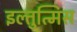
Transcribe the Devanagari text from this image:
इल्तुत्मिस